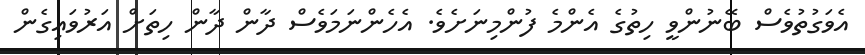
އެވަގުތުވެސް ބޭނުންވީ ހިތުގެ އެންމެ ފުންމިނަށެވެ. އެހެންނަމަވެސް ދާން ދާން ހިތަށް އަރުވައިގެން